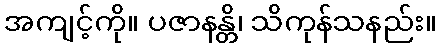
အကျင့်ကို။ ပဇာနန္တိ၊ သိကုန်သနည်း။